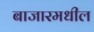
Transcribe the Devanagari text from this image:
बाजारमधील